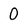
Character: 0